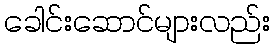
ခေါင်းဆောင်များလည်း